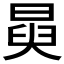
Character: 𭦺